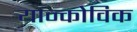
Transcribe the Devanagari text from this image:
यान्कोविक